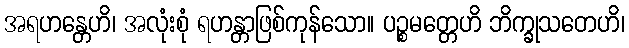
အရဟန္တေဟိ၊ အလုံးစုံ ရဟန္တာဖြစ်ကုန်သော။ ပဉ္စမတ္တေဟိ ဘိက္ခုသတေဟိ၊